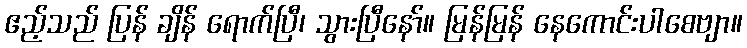
ဧည့်သည် ပြန် ချိန် ရောက်ပြီ၊ သွားပြီနော်။ မြန်မြန် နေကောင်းပါစေဗျာ။